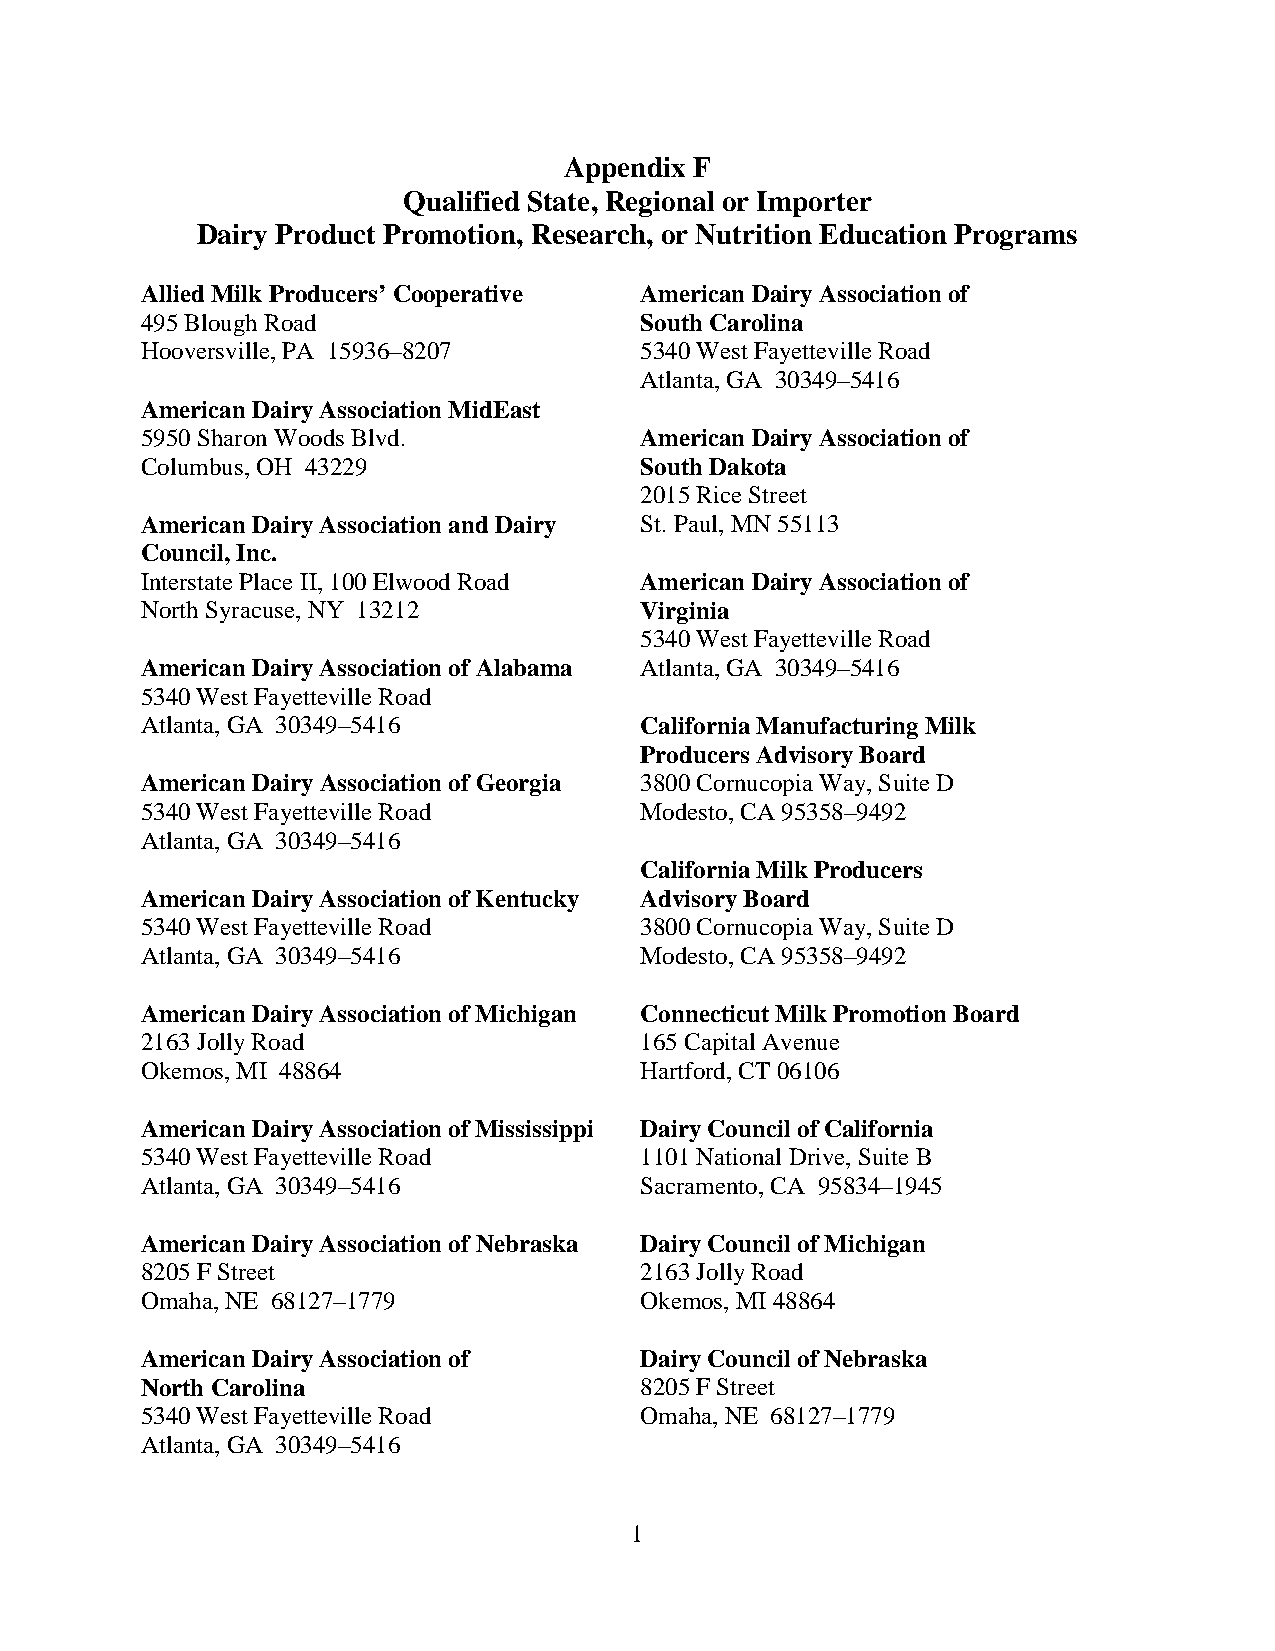
Appendix F
 Qualified State, Regional or Importer
 Dairy Product Promotion, Research, or Nutrition Education Programs
 Allied Milk Producers’ Cooperative American Dairy Association of
 495 Blough Road                  South Carolina
 Hooversville, PA 15936–8207      5340 West Fayetteville Road
 Atlanta, GA 30349–5416
 American Dairy Association MidEast
 5950 Sharon Woods Blvd.          American Dairy Association of
 Columbus, OH 43229               South Dakota
 2015 Rice Street
 American Dairy Association and Dairy St. Paul, MN 55113
 Council, Inc.
 Interstate Place II, 100 Elwood Road American Dairy Association of
 North Syracuse, NY 13212         Virginia
 5340 West Fayetteville Road
 American Dairy Association of Alabama Atlanta, GA 30349–5416
 5340 West Fayetteville Road
 Atlanta, GA 30349–5416           California Manufacturing Milk
 Producers Advisory Board
 American Dairy Association of Georgia 3800 Cornucopia Way, Suite D
 5340 West Fayetteville Road      Modesto, CA 95358–9492
 Atlanta, GA 30349–5416
 California Milk Producers
 American Dairy Association of Kentucky Advisory Board
 5340 West Fayetteville Road      3800 Cornucopia Way, Suite D
 Atlanta, GA 30349–5416           Modesto, CA 95358–9492
 American Dairy Association of Michigan Connecticut Milk Promotion Board
 2163 Jolly Road                  165 Capital Avenue
 Okemos, MI 48864                 Hartford, CT 06106
 American Dairy Association of Mississippi Dairy Council of California
 5340 West Fayetteville Road      1101 National Drive, Suite B
 Atlanta, GA 30349–5416           Sacramento, CA 95834–1945
 American Dairy Association of Nebraska Dairy Council of Michigan
 8205 F Street                    2163 Jolly Road
 Omaha, NE 68127–1779             Okemos, MI 48864
 American Dairy Association of    Dairy Council of Nebraska
 North Carolina                   8205 F Street
 5340 West Fayetteville Road      Omaha, NE 68127–1779
 Atlanta, GA 30349–5416
 1